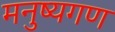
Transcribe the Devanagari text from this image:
मनुष्यगण